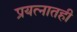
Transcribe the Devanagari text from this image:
प्रयत्नातही